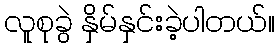
လူစုခွဲ နှိမ်နှင်းခဲ့ပါတယ်။